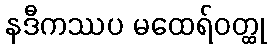
နဒီကဿပ မထေရ်ဝတ္ထု